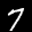
Label: 7